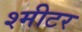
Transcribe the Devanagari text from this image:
श्मीटर